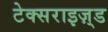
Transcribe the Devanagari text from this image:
टेक्सराइज़्ड